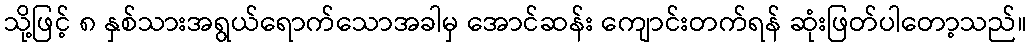
သို့ဖြင့် ၈ နှစ်သားအရွယ်ရောက်သောအခါမှ အောင်ဆန်း ကျောင်းတက်ရန် ဆုံးဖြတ်ပါတော့သည်။